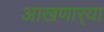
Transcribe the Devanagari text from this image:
आखणार्‍या